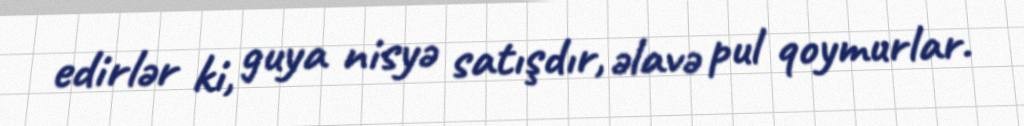
edirlər ki, guya nisyə satışdır, əlavə pul qoymurlar.